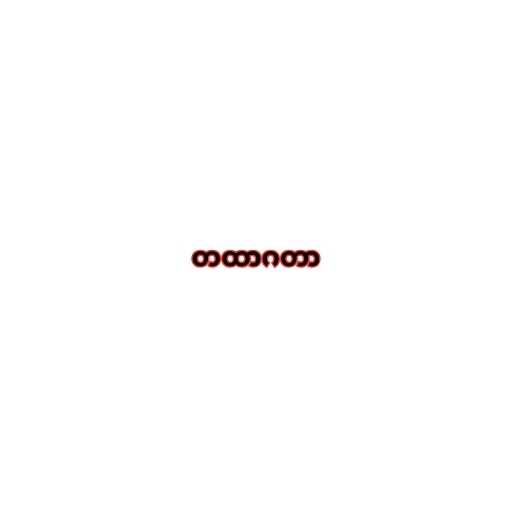
တထာဂတာ